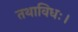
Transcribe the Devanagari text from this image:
तथाविधः।